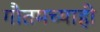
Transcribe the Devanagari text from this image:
गौतमच्याही